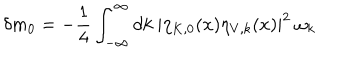
\delta m _ { 0 } = - \frac { 1 } { 4 } \int _ { - \infty } ^ { \infty } d k ~ | \eta _ { K , 0 } ( x ) \eta _ { V , k } ( x ) | ^ { 2 } ~ \omega _ { k }